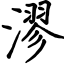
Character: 漻